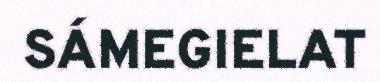
SÁMEGIELAT